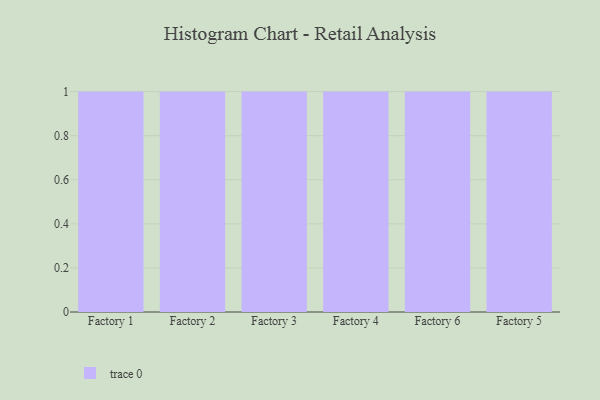
{"axis": {"x": "Factory", "y": "Net Income (USD K)"}, "legend": [""], "data": [{"x": "Factory 1", "y": 40, "type": ""}, {"x": "Factory 2", "y": 9, "type": ""}, {"x": "Factory 3", "y": 18, "type": ""}, {"x": "Factory 4", "y": 49, "type": ""}, {"x": "Factory 6", "y": 99, "type": ""}, {"x": "Factory 5", "y": 23, "type": ""}]}